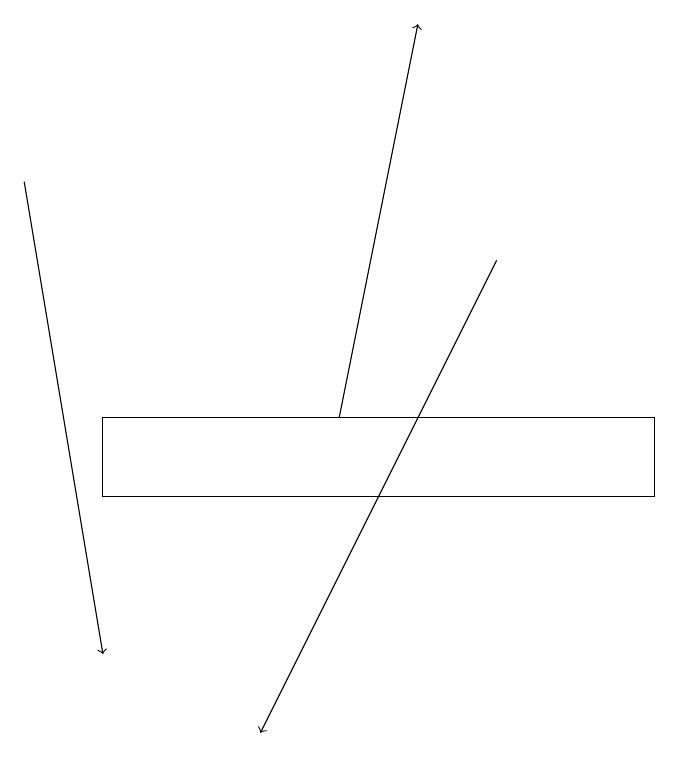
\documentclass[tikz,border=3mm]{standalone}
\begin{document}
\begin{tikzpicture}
\draw (1,13) rectangle (8,14);
\draw[->] (4,14) -- (5,19);
\draw[->] (0,17) -- (1,11);
\draw[->] (6,16) -- (3,10);
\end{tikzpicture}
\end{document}